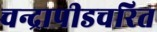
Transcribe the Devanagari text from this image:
चन्द्रापीडचरित